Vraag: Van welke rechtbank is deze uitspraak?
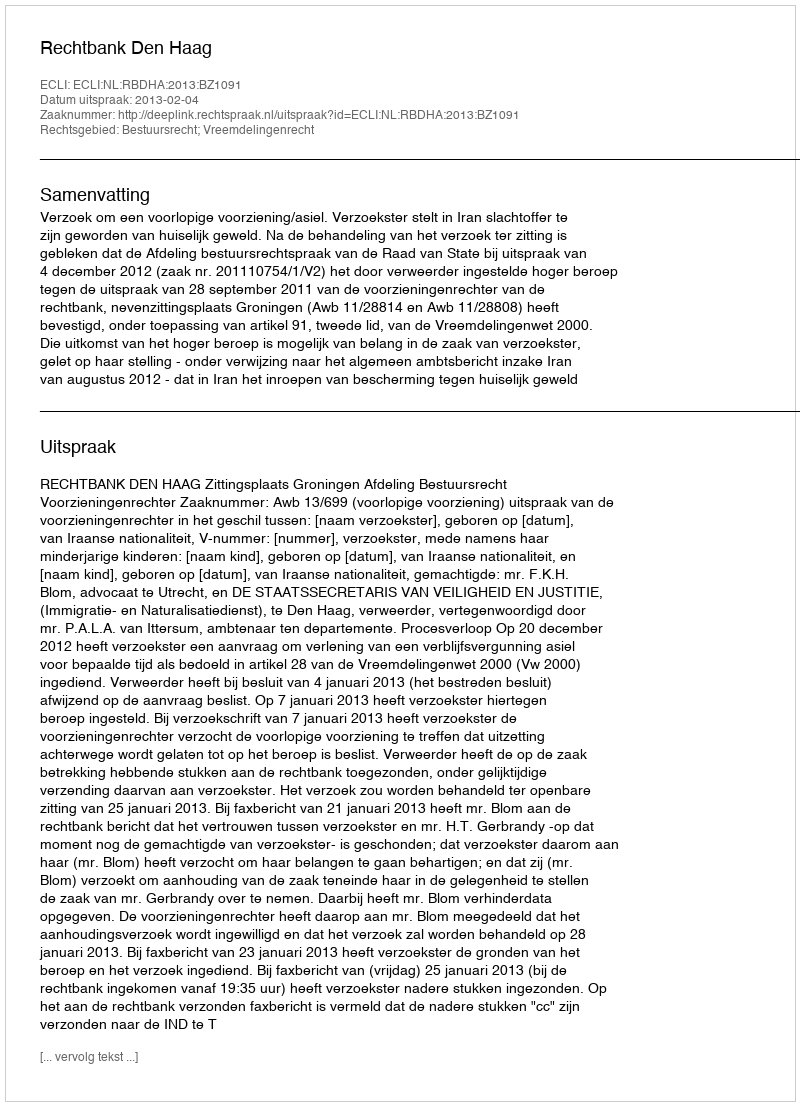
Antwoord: Rechtbank Den Haag